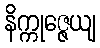
နိက္ကုဇ္ဇေယျ